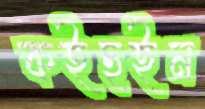
কইছইন